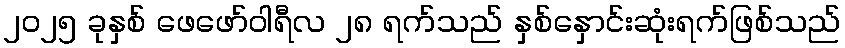
၂၀၂၅ ခုနှစ် ဖေဖော်ဝါရီလ ၂၈ ရက်သည် နှစ်နှောင်းဆုံးရက်ဖြစ်သည်